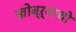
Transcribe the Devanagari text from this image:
खोब्ऱ्याची